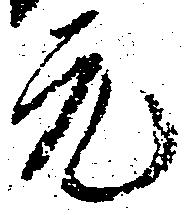
元